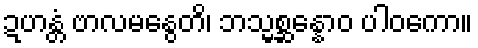
ဍဟန္တံ ဗာလမနွေတိ၊ ဘသ္မစ္ဆန္နောဝ ပါဝကော။